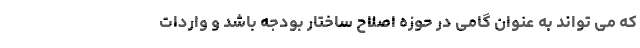
که می تواند به عنوان گامی در حوزه اصلاح ساختار بودجه باشد و واردات